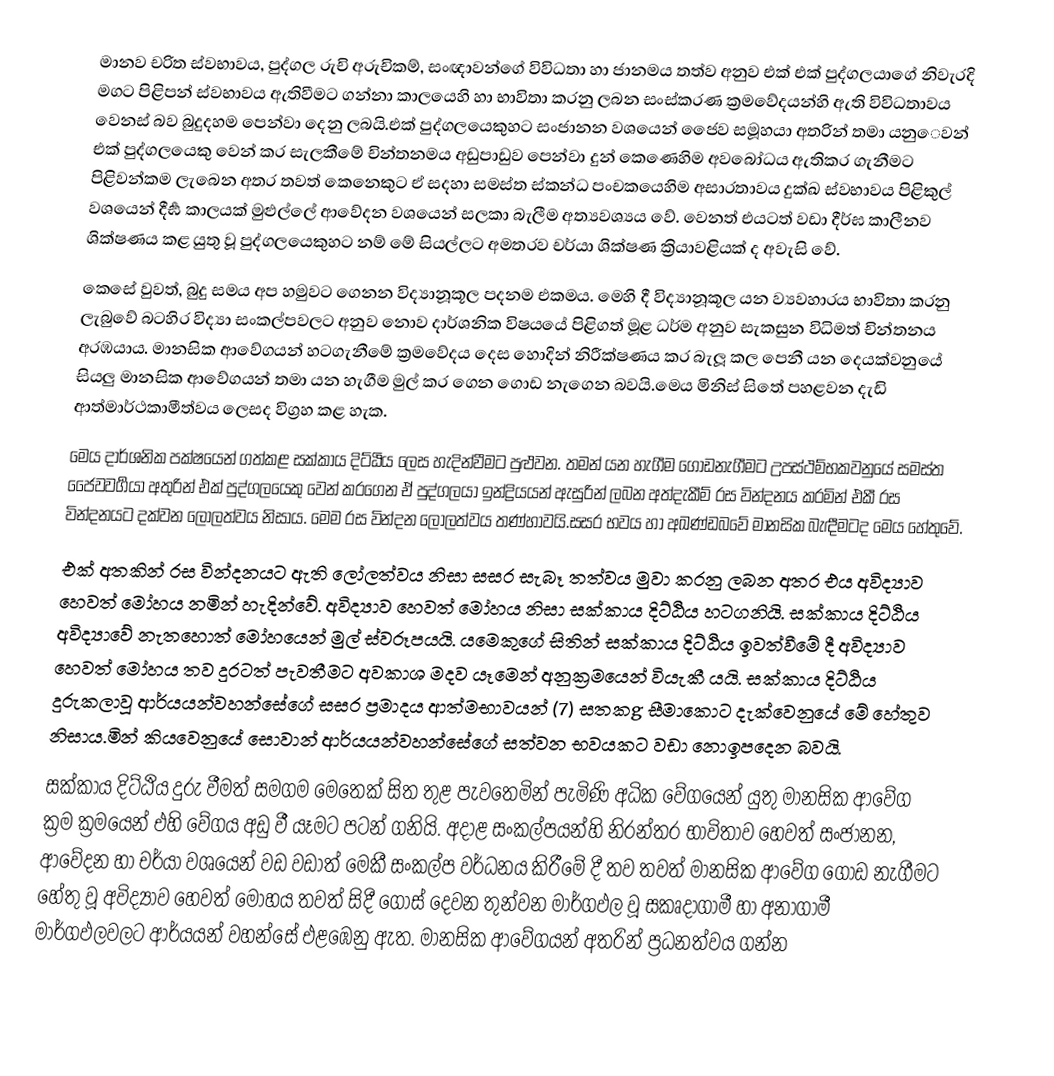
මානව චරිත ස්වභාවය, පුද්ගල රුචි අරුචිකම්, සංඥාවන්ගේ විවිධතා හා ජානමය තත්ව අනුව එක් එක් පුද්ගලයාගේ නිවැරදි මගට පිළිපන් ස්වභාවය ඇතිවීමට ‍ගන්නා කාලයෙහි හා භාවිතා කරනු ලබන සංස්කරණ ක්‍රමවේදයන්හි ඇති විවිධතාවය වෙනස් බව බුදුදහම පෙන්වා දෙනු ලබයි.එක් පුද්ගලයෙකුහට සංජානන වශයෙන් ජෛව සමූහයා අතරින් තමා යනු‍ෙවන් එක් පුද්ගලයෙකු වෙන් කර සැලකීමේ චින්තනමය අඩුපාඩුව පෙන්වා දුන් කෙණෙහිම අවබෝධය ඇතිකර ගැනීමට පිළිවන්කම ලැබෙන අතර තවත් කෙනෙකුට ඒ සදහා සමස්ත ස්කන්ධ පංචකයෙහිම අසාරතාවය දුක්ඛ ස්වභාවය පිළිකුල් වශයෙන් දීර්‍ඝ කාලයක් මුළුල්ලේ ආවේදන වශයෙන් සලකා බැලීම අත්‍යවශ්‍යය වේ. වෙනත් එයටත් වඩා දීර්ඝ කාලීනව ශික්ෂණය කළ යුතු වූ පුද්ගලයෙකුහට නම් මේ සියල්ලට අමතරව චර්යා ශික්ෂණ ක්‍රියාවළියක් ද අවැසි වේ.
	කෙසේ වුවත්, බුදු සමය අප හමුවට ගෙනන විද්‍යානූකූල පදනම එකමය. මෙහි දී විද්‍යානූකූල යන ව්‍යවහාරය භාවිතා කරනු ලැබුවේ බටහිර විද්‍යා සංකල්පවලට අනුව නොව දාර්ශනික විෂයයේ පිළිගත් මූළ ධර්ම අනුව සැකසුන විධිමත් චින්තනය අරඹයාය. මානසික ආවේගයන් හටගැනීමේ ක්‍රමවේදය දෙස හොදින් නිරීක්ෂණය කර බැලූ කල පෙනී යන දෙයක්වනුයේ සියලු මානසික ආවේගයන් තමා යන හැගීම මුල් කර ගෙන ගොඩ නැගෙන බවයි.මෙය මිනිස් සිතේ පහළවන දැඩි ආත්මාර්ථකාමීත්වය ලෙසද විග්‍රහ කළ හැක.
මෙය දාර්ශනික පක්ෂයෙන් ගත්කළ සක්කාය දිට්ඨිය ලෙස හැදින්වීමට පුළුවන. තමන් යන හැගීම ගොඩනැගීමට උපස්ථම්භකවනුයේ සමස්ත ජෛවවර්‍ගයා අතුරින් එක් පුද්ගලයෙකු වෙන් කරගෙන ඒ පුද්ගලයා ඉන්ද්‍රියයන් ඇසුරින් ලබන අත්දැකීම් රස වින්දනය කරමින් එකී රස වින්දනයට දක්වන ලෝලත්වය නිසාය. මෙම රස වින්දන ලෝලත්වය තණ්හාවයි.සසර භවය හා අඛණ්ඩබවේ මානසික බැඳීමටද මෙය හේතුවේ.
එක් අතකින් රස වින්දනයට ඇති ලෝලත්වය නිසා සසර සැබෑ තත්වය මුවා කරනු ලබන අතර එය අවිද්‍යාව හෙවත් මෝහය නමින් හැදින්වේ. අවිද්‍යාව හෙවත් මෝහය නිසා සක්කාය දිට්ඨිය හටගනියි. සක්කාය දිට්ඨිය අවිද්‍යාවේ නැතහොත් මෝහයෙන් මුල් ස්වරූපයයි. යමෙකුගේ සිතින් සක්කාය දිට්ඨිය ඉවත්වීමේ දී අවිද්‍යාව හෙවත් මෝහය තව දුරටත් පැවතීමට අවකාශ මදව යෑමෙන් අනුක්‍රමයෙන් වියැකී යයි. සක්කාය දිට්ඨිය දුරුකලාවූ ආර්යයන්වහන්සේගේ සසර ප්‍රමාදය ආත්මභාවයන් (7) සතකg සීමාකොට දැක්වෙනුයේ මේ හේතුව නිසාය.මින් කියවෙනුයේ සොවාන් ආර්යයන්වහන්සේගේ සත්වන භවයකට වඩා නොඉපදෙන බවයි.
	සක්කාය දිට්ඨිය දුරු වීමත් සමගම මෙතෙක් සිත තුළ පැවතෙමින් පැමිණි අධික වේගයෙන් යුතු මානසික ආවේග ක්‍රම ක්‍රමයෙන් එහි වේගය අඩු වී යෑමට පටන් ගනියි. අදාළ සංකල්පයන්හි නිරන්තර භාවිතාව හෙවත් සංජානන, ආවේදන හා චර්යා වශයෙන් වඩ වඩාත් මෙකී සංකල්ප වර්ධනය කිරීමේ දී තව තවත් මානසික ආවේග ගොඩ නැගීමට හේතු වූ අවිද්‍යාව හෙවත් මෝහය තවත් සිදී ගොස් දෙවන තුන්වන මාර්ගඵල වූ සකෘදාගාමී හා අනාගාමී මාර්ගඵලවලට ආර්යයන් වහන්සේ එළඹෙනු ඇත. මානසික ආවේගයන් අතරින් ප්‍රධනත්වය ගන්න